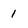
Character: 1